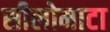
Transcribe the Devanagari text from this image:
सीलोमाटा